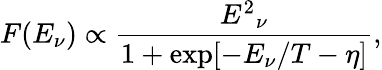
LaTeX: F(E_{\nu})\propto\frac{{E^{2}}_{\nu}}{1+\exp[{-E_{\nu}/T-\eta}]},